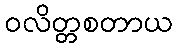
ဝလိတ္တစတာယ